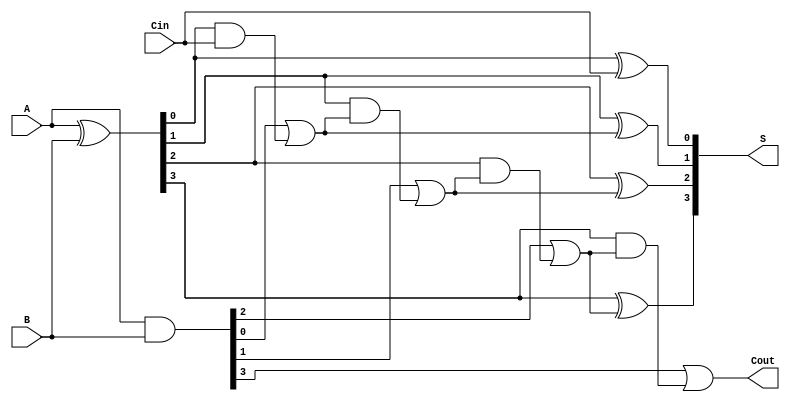
module HanCarlsonAdder #(parameter n = 4) (
    input [n-1:0] A,       // n-bit input A
    input [n-1:0] B,       // n-bit input B
    input Cin,             // Carry-in bit
    output [n-1:0] S,      // n-bit sum output
    output Cout            // Carry-out bit
);
    wire [n-1:0] G;       // Generate signals
    wire [n-1:0] P;       // Propagate signals
    wire [n:0] C;         // Carry signals, C[0] to C[n]

    // Generate and Propagate signals
    assign G = A & B;     // G[i] = A[i] AND B[i]
    assign P = A ^ B;     // P[i] = A[i] XOR B[i]

    // Carry Generation
    assign C[0] = Cin;    // C[0] = Cin
    genvar i;
    generate
        for (i = 1; i < n; i = i + 1) begin: carry_gen
            assign C[i] = G[i-1] | (P[i-1] & C[i-1]); // C[i] = G[i-1] OR (P[i-1] AND C[i-1])
        end
    endgenerate

    // Last Carry-out
    assign Cout = G[n-1] | (P[n-1] & C[n-1]); // Cout = G[n-1] OR (P[n-1] AND C[n-1])

    // Sum Generation
    generate
        for (i = 0; i < n; i = i + 1) begin: sum_gen
            assign S[i] = P[i] ^ C[i]; // S[i] = P[i] XOR C[i]
        end
    endgenerate

endmodule